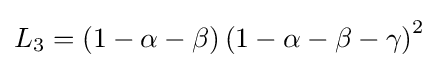
L_{3}=\left(1-\alpha -\beta \right)\left(1-\alpha -\beta -\gamma \right)^{2}